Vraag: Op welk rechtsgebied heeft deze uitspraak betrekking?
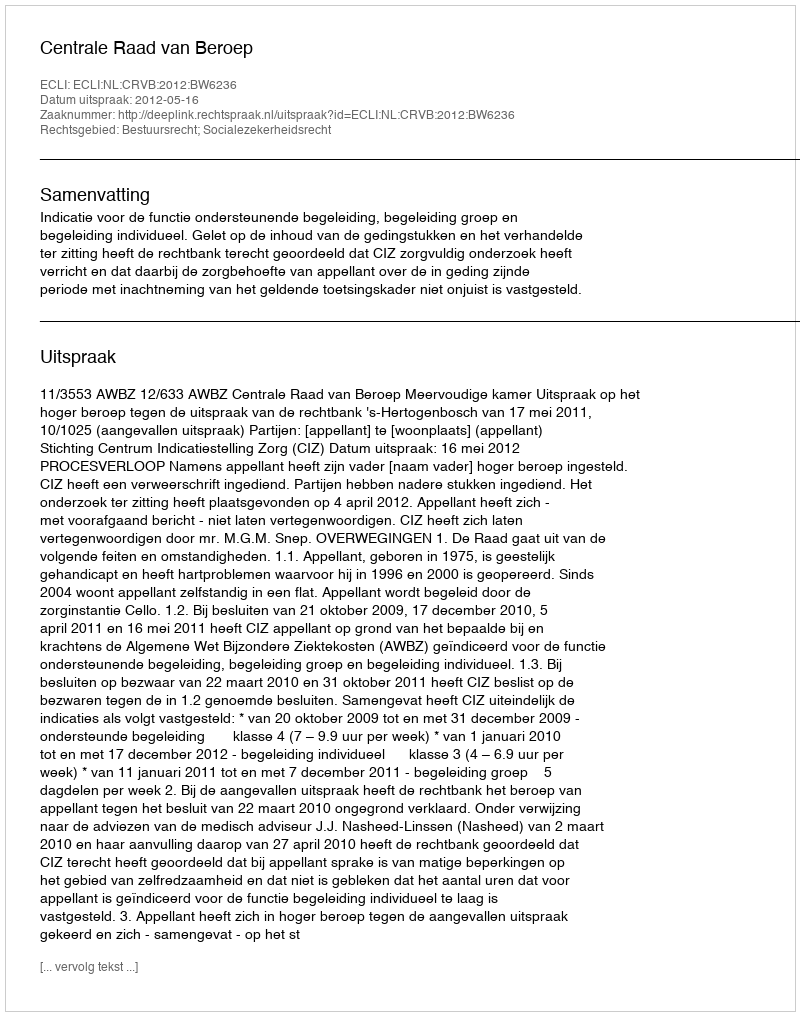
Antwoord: Bestuursrecht; Socialezekerheidsrecht